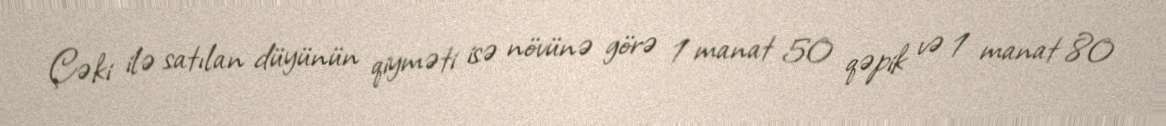
Çəki ilə satılan düyünün qiyməti isə növünə görə 1 manat 50 qəpik və 1 manat 80